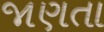
જાણતા